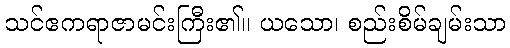
သင်ဧကရာဇာမင်းကြီး၏။ ယသော၊ စည်းစိမ်ချမ်းသာ